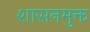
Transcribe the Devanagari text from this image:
शासनमुक्त